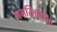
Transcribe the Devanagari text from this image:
गभस्तिनेमिः